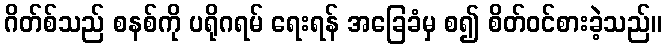
ဂိတ်စ်သည် စနစ်ကို ပရိုဂရမ် ရေးရန် အခြေခံမှ စ၍ စိတ်ဝင်စားခဲ့သည်။